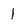
Character: 1